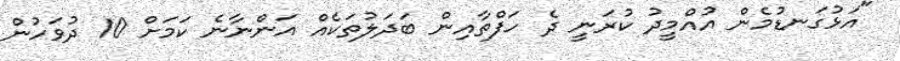
"އަޅުގަނޑުމެން އުއްމީދު ކުރަނީ ދެ ހަފްތާއިން ބަދަލުތަކެއް އަންނާނެ ކަމަށް 10 ދުވަހުން